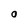
Character: 0